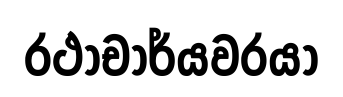
රථාචාර්යවරයා